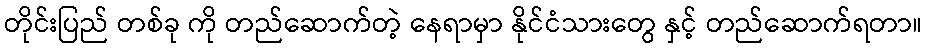
တိုင်းပြည် တစ်ခု ကို တည်ဆောက်တဲ့ နေရာမှာ နိုင်ငံသားတွေ နှင့် တည်ဆောက်ရတာ။